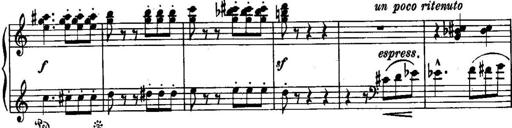
Title: Piano Sonatina No.1, Op.146
Composer: Stephen Heller